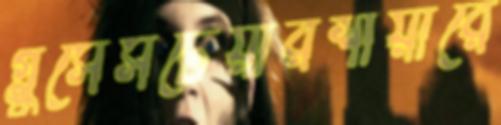
গ্লুসেসটেয়ারশায়ারে